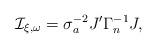
LaTeX: \begin{align*}{\cal I}_{\xi,\omega}=\sigma_a^{-2} J^{\prime} \Gamma_n^{-1} J,\end{align*}